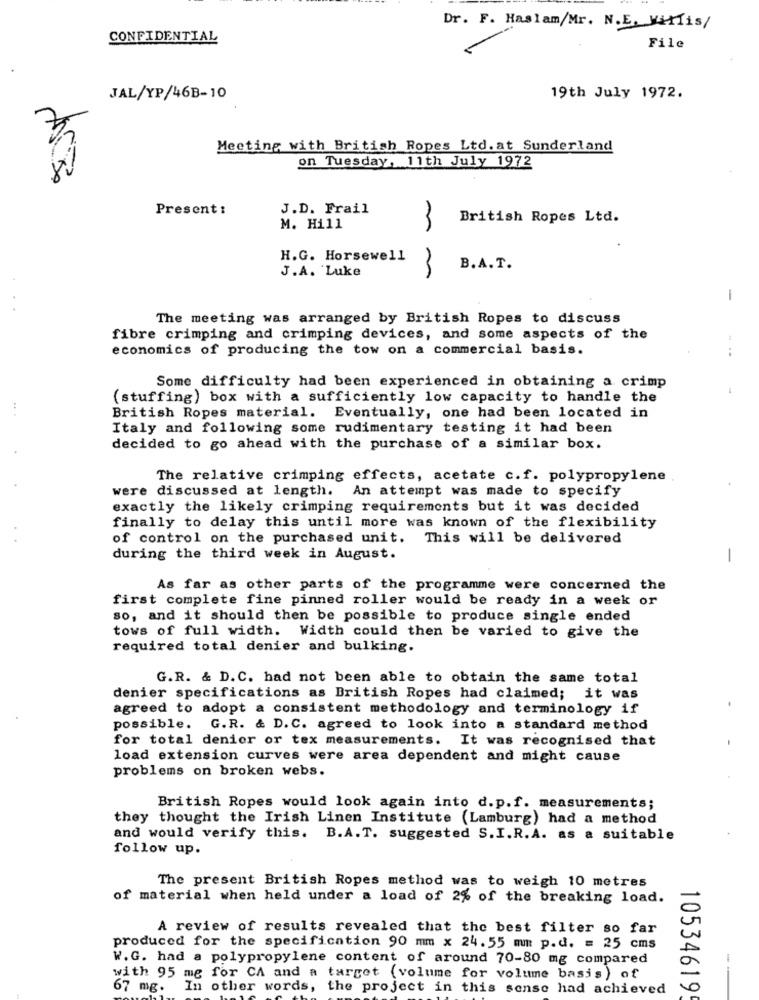
Dr. F. Haslam/Mr. N.E. WiMis/
CONFIDENTIAL
File
JAL/YP/46B-10
19th July 1972.
Meeting with British Ropes Ltd. at Sunderland
on Tuesday, 11th July 1972
Present:
J.D. Frail
3
British Ropes Ltd.
M. Hill
H.G. Horsewell
J.A. Luke
B.A. T.
-
The meeting was arranged by British Ropes to discuss
fibre crimping and crimping devices, and some aspects of the
economics of producing the tow on a commercial basis.
Some difficulty had been experienced in obtaining a crimp
(stuffing) box with a sufficiently low capacity to handle the
.. .
British Ropes material. Eventually, one had been located in
Italy and following some rudimentary testing it had been
decided to go ahead with the purchase of a similar box.
The relative crimping effects, acetate c.f. polypropylene
An attempt was made to specify
were discussed at length.
exactly the likely crimping requirements but it was decided
finally to delay this until more was known of the flexibility
of control on the purchased unit. This will be delivered
during the third week in August.
-
As far as other parts of the programme were concerned the
first complete fine pinned roller would be ready in a week or
so, and it should then be possible to produce single ended
tows of full width. Width could then be varied to give the
required total denier and bulking.
G.R. & D.C. had not been able to obtain the same total
denier specifications as British Ropes had claimed; it was
agreed to adopt a consistent methodology and terminology if
possible. G.R. & D. C. agreed to look into a standard method
for total denior or tex measurements. It was recognised that
load extension curves were area dependent and might cause
problems on broken webs.
British Ropes would look again into d.p.f. measurements;
they thought the Irish Linen Institute (Lamburg) had a method
and would verify this. B.A.T. suggested S.I.R.A. as a suitable
follow up.
The present British Ropes method was to weigh 10 metres
of material when held under a load of 2% of the breaking load.
A review of results revealed that the best filter so far
produced for the specification 90 mm x 24.55 mm p.d. = 25 cms
W.G. had a polypropylene content of around 70-80 mg compared
with 95 mg for CA and a target (volume for volume basis) of
67 mg.
In other words, the project in this sense had achieved
105346199